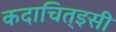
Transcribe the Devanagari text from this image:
कदाचित्‌इसी